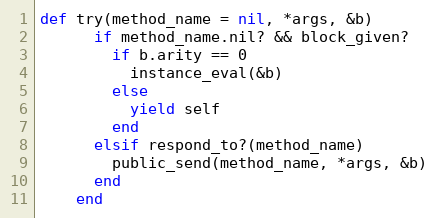
Language: Ruby
def try(method_name = nil, *args, &b)
      if method_name.nil? && block_given?
        if b.arity == 0
          instance_eval(&b)
        else
          yield self
        end
      elsif respond_to?(method_name)
        public_send(method_name, *args, &b)
      end
    end